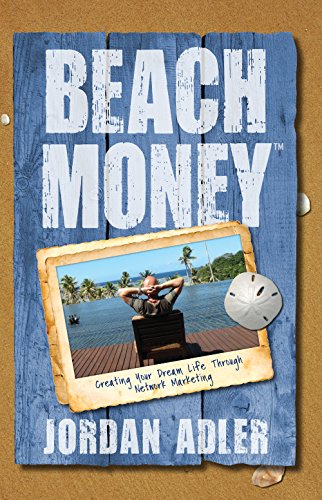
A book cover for Beach Money: Creating Your Dream Life Through Network Marketing; Jordan Adler; Business & Money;